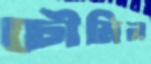
চৌমিন